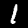
Label: 1